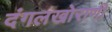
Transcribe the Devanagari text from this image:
दंगलखोराणी